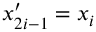
x _ { 2 i - 1 } ^ { \prime } = x _ { i }